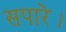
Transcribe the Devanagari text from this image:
सपारे।